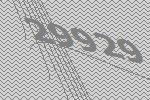
29929